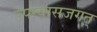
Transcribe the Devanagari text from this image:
उपन्यासजगत्